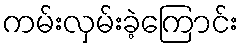
ကမ်းလှမ်းခဲ့ကြောင်း